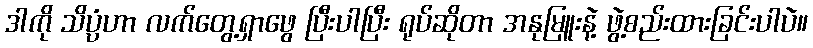
ဒါကို သိပ္ပံဟာ လက်တွေ့ရှာဖွေ ပြီးပါပြီး ရုပ်ဆိုတာ အနုမြူးနဲ့ ဖွဲ့စည်းထားခြင်းပါပဲ။